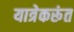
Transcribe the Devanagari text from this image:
यात्रेकरूंत